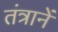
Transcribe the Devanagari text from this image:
तंत्रानें